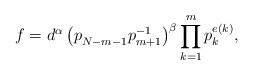
LaTeX: \begin{align*} f = d^\alpha \left(p_{N-m-1}^{\vphantom{-1}} p_{m+1}^{-1}\right)^{\beta} \prod_{k=1}^{m} p_{k}^{e(k)},\end{align*}